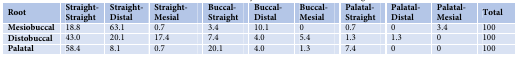
| Root | Straight-Straight | Straight-Distal | Straight-Mesial | Buccal-Straight | Buccal-Distal | Buccal-Mesial | Palatal-Straight | Palatal-Distal | Palatal-Mesial | Total |
 | --- | --- | --- | --- | --- | --- | --- | --- | --- | --- | --- |
 | Mesiobuccal | 18.8 | 63.1 | 0.7 | 3.4 | 10.1 | 0 | 0.7 | 0 | 3.4 | 100 |
 | Distobuccal | 43.0 | 20.1 | 17.4 | 7.4 | 4.0 | 5.4 | 1.3 | 1.3 | 0 | 100 |
 | Palatal | 58.4 | 8.1 | 0.7 | 20.1 | 4.0 | 1.3 | 7.4 | 0 | 0 | 100 |